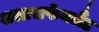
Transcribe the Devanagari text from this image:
शलाराफेनलैंड